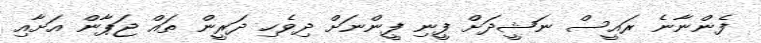
ފެންނާނެ ރައީސް ނަޝީދަށް ފީނި ފީންނަށް ދިވެހި ދަރީން ތައް ޖަޕާން އަށާއި